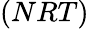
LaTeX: (NRT)